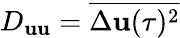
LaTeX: D_{\mathbf{u}\mathbf{u}}=\overline{{{\Delta\mathbf{u}(\tau)^{2}}}}